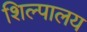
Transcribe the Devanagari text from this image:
शिल्पालय